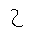
Letter: _ha